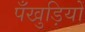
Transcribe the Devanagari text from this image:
पँखुड़ियों